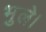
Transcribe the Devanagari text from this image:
भुले।